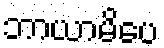
ဘာယာမိပေ